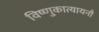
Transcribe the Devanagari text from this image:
विष्णुकात्यायनौ